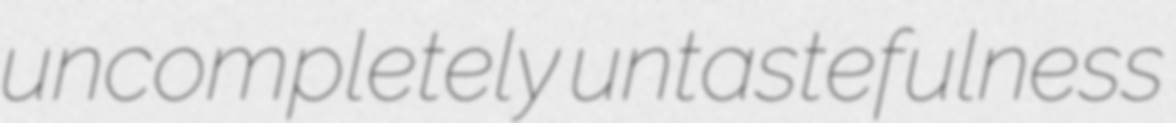
uncompletely untastefulness